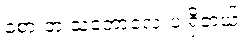
ခံစားတဲ့ သဘောလေးပဲ ရှိတယ်။